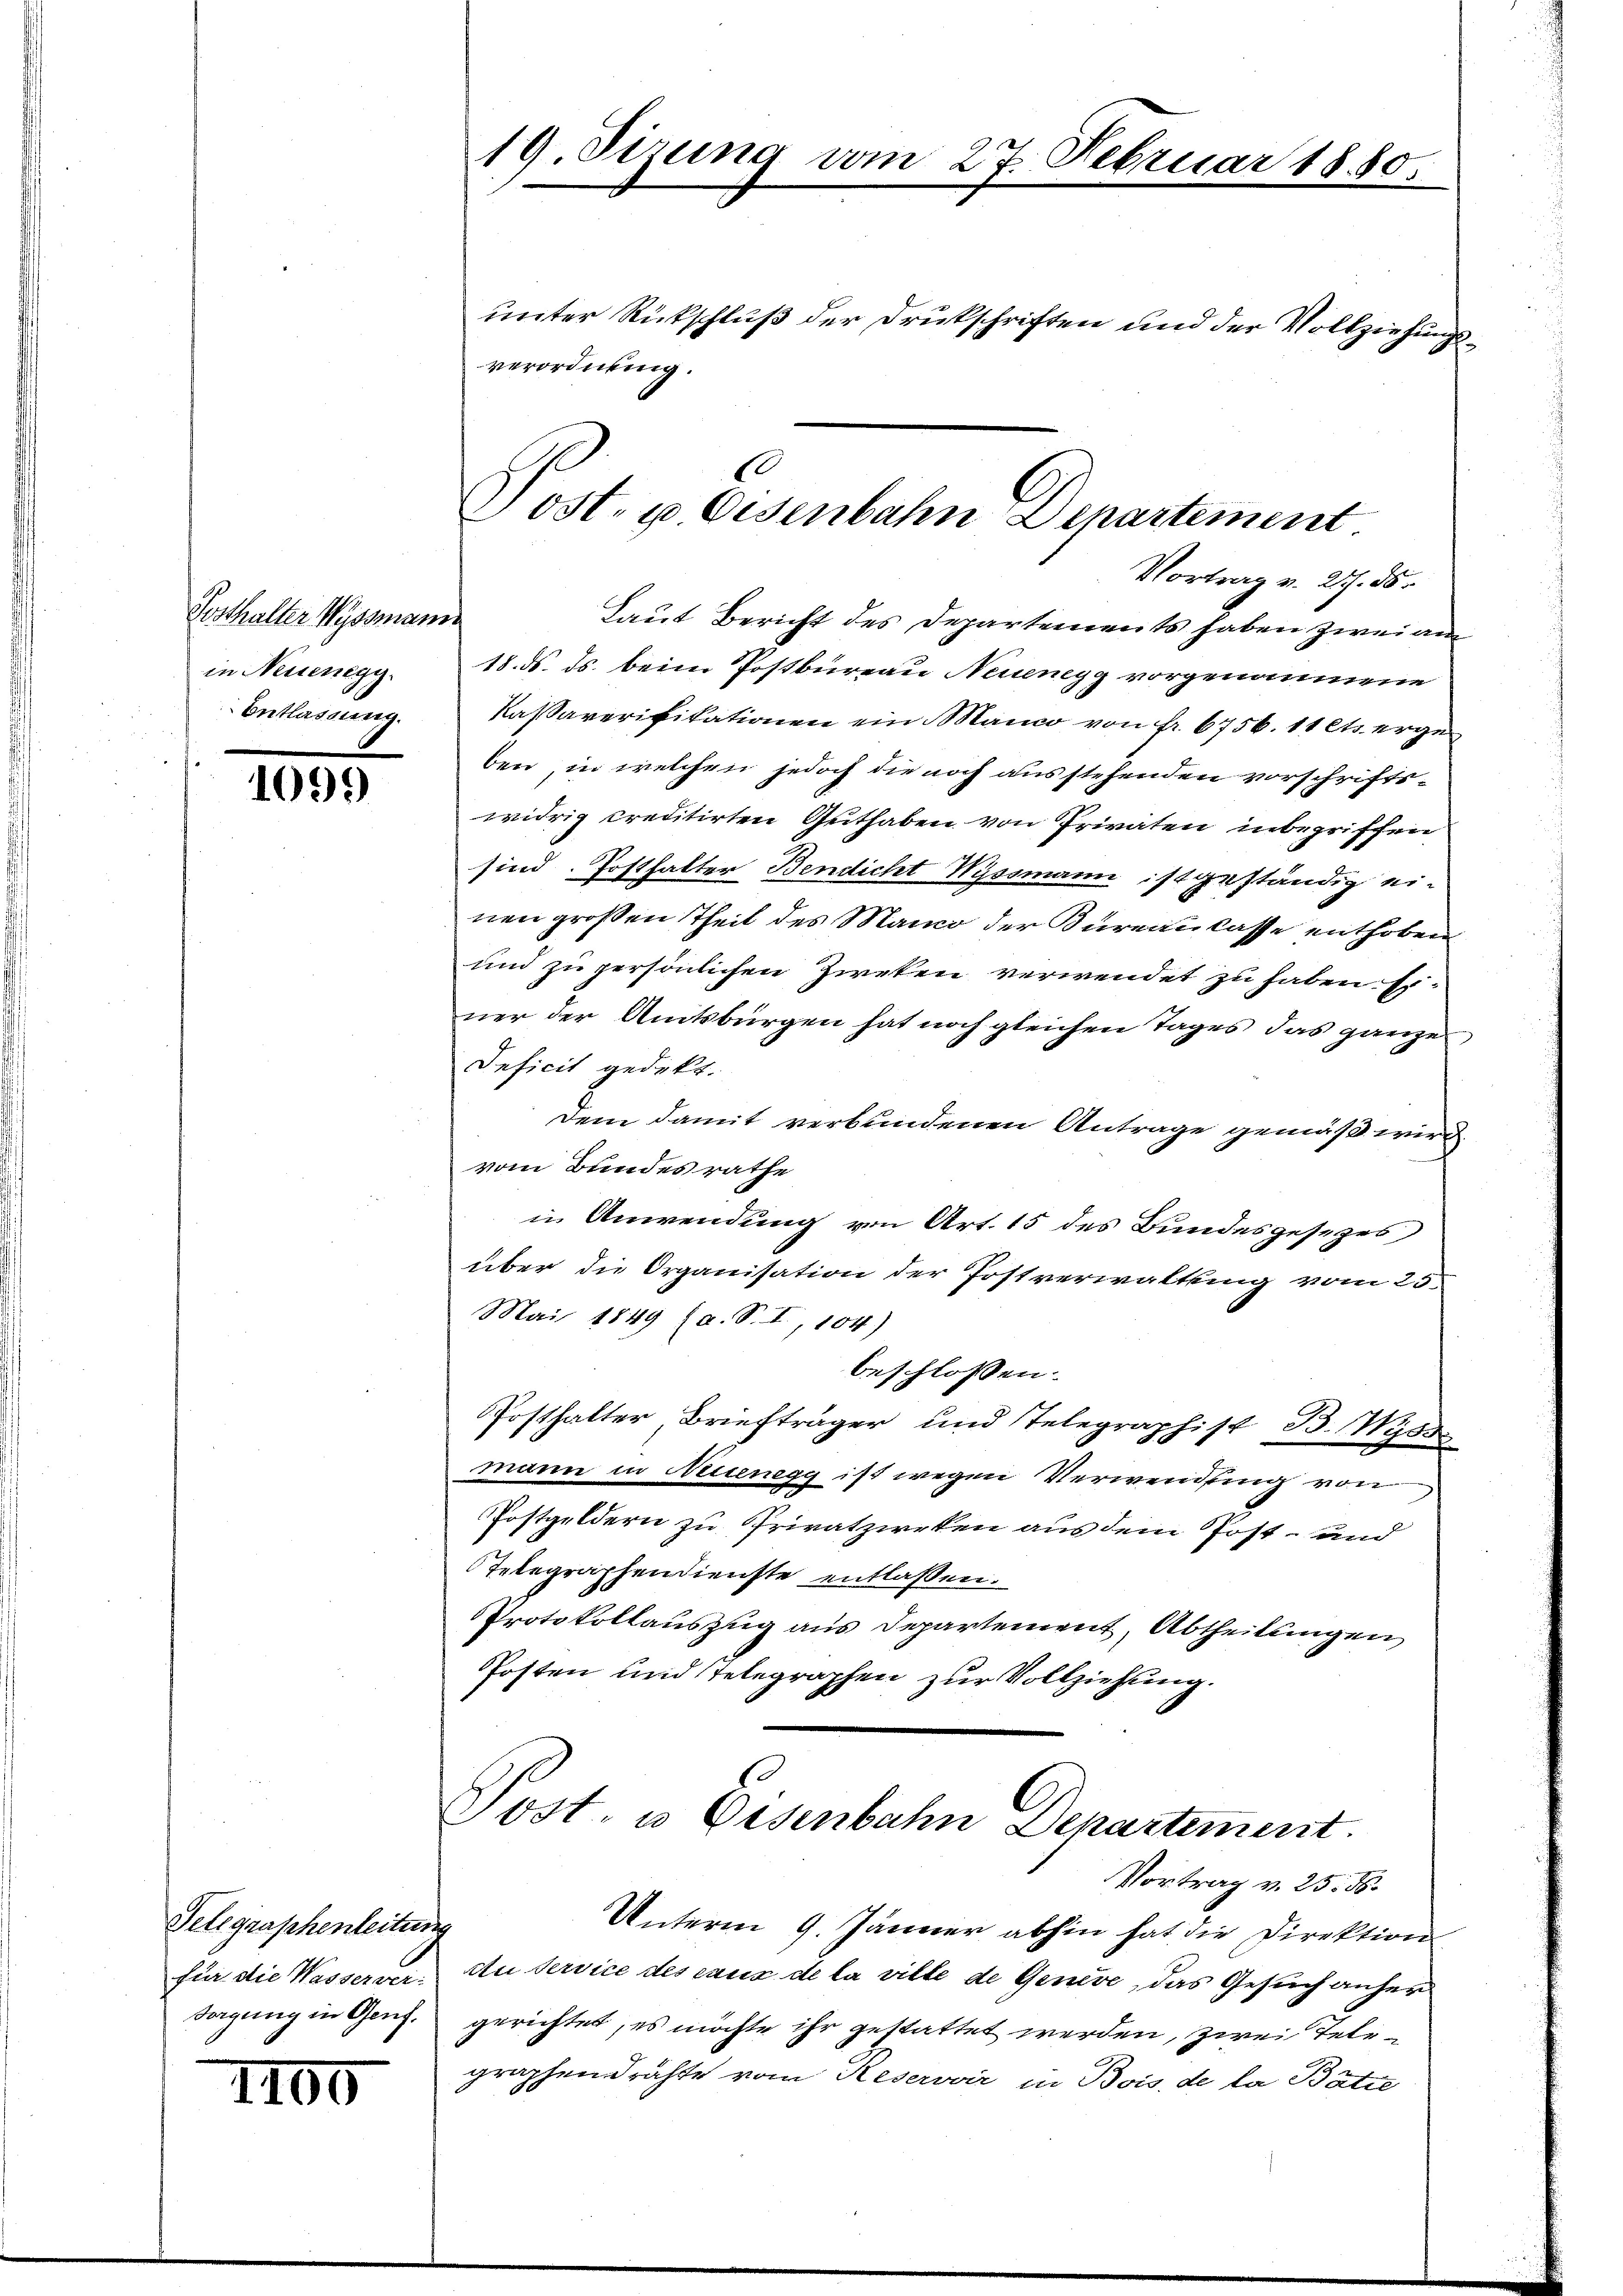
Posthalter Wyssmann
in Neuenegy
Entlassung.

1099

Telegraphenleitung
für die Wasserversorgung in Genf.

II00

19. Sizung am

verordnung.

unter Rückschluß der Drukschriften und der Vollziehungs¬

e
Dost. u Eisenbahn Departement

Post u. Eisenbahn Departement.
Vortrag v. 25. d.

27. Februar 1880.

Vortrag v. 217. ds.
Laut Bericht des Departements haben zwei am
18. ds. ds. beim Postbureau Neuenegg vorgenommene
Kassaverifikationen ein Manco von fr. 6756. 11 ets ergeben, in welchen jedoch die noch ausstehenden vorschriftswidrig creditirten Guthaben von Privaten inbegriffen
sind. Posthalter Bendicht Wyssmann ist geständig einen großen Theil des Manco der Bureau lasse enthoben
und zu persönlichen Zweken verwendet zu haben Einer der Amtsbürgen hat noch gleichen Tages das ganzes,
Deficit gedekt.
dem damit verbundenen Antrage gemäß wird
vom Bundesrathe
in Anwendung von Art. 15 des Bundesgesezes
über die Organisation der Postverwaltung vom 25.
Mai 1849 (a. S. I, 104)
beschlossen:
Posthalter Briefträger und Telegraphist B. Wyss
mann in Neuenegg ist wegen Verwendung von
Postgeldern zu Privatzweken aus dem Post- und
Telegraphendienste entlaßen.
Protokollauszug aus Departement, Abtheilungen
Posten und Telegraphen zur Vollziehung.
8

Unterm 9. Jänner abhin hat die Direktion
Au service des caus de la ville de Genève, das Gesuch anher
gerichtet, es möchte ihr gestattet werden, zwei Telegraphendrähte vom Reservoir, in Bois, de la Batte